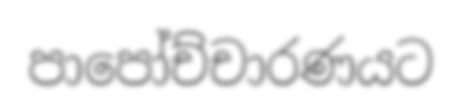
පාපෝච්චාරණයට